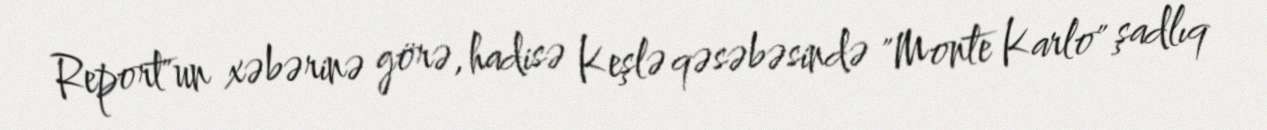
Report"un xəbərinə görə, hadisə Keşlə qəsəbəsində "Monte Karlo" şadlıq